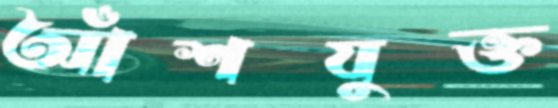
আঁশযুক্ত